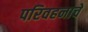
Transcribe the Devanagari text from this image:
परिवहनाचे